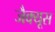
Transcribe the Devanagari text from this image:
जैक्यूस